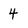
Character: 4